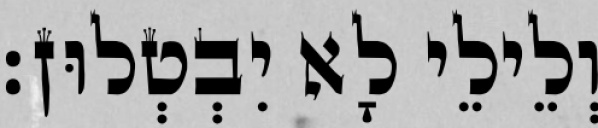
וְלֵילֵי לָא יִבְטְלוּן׃